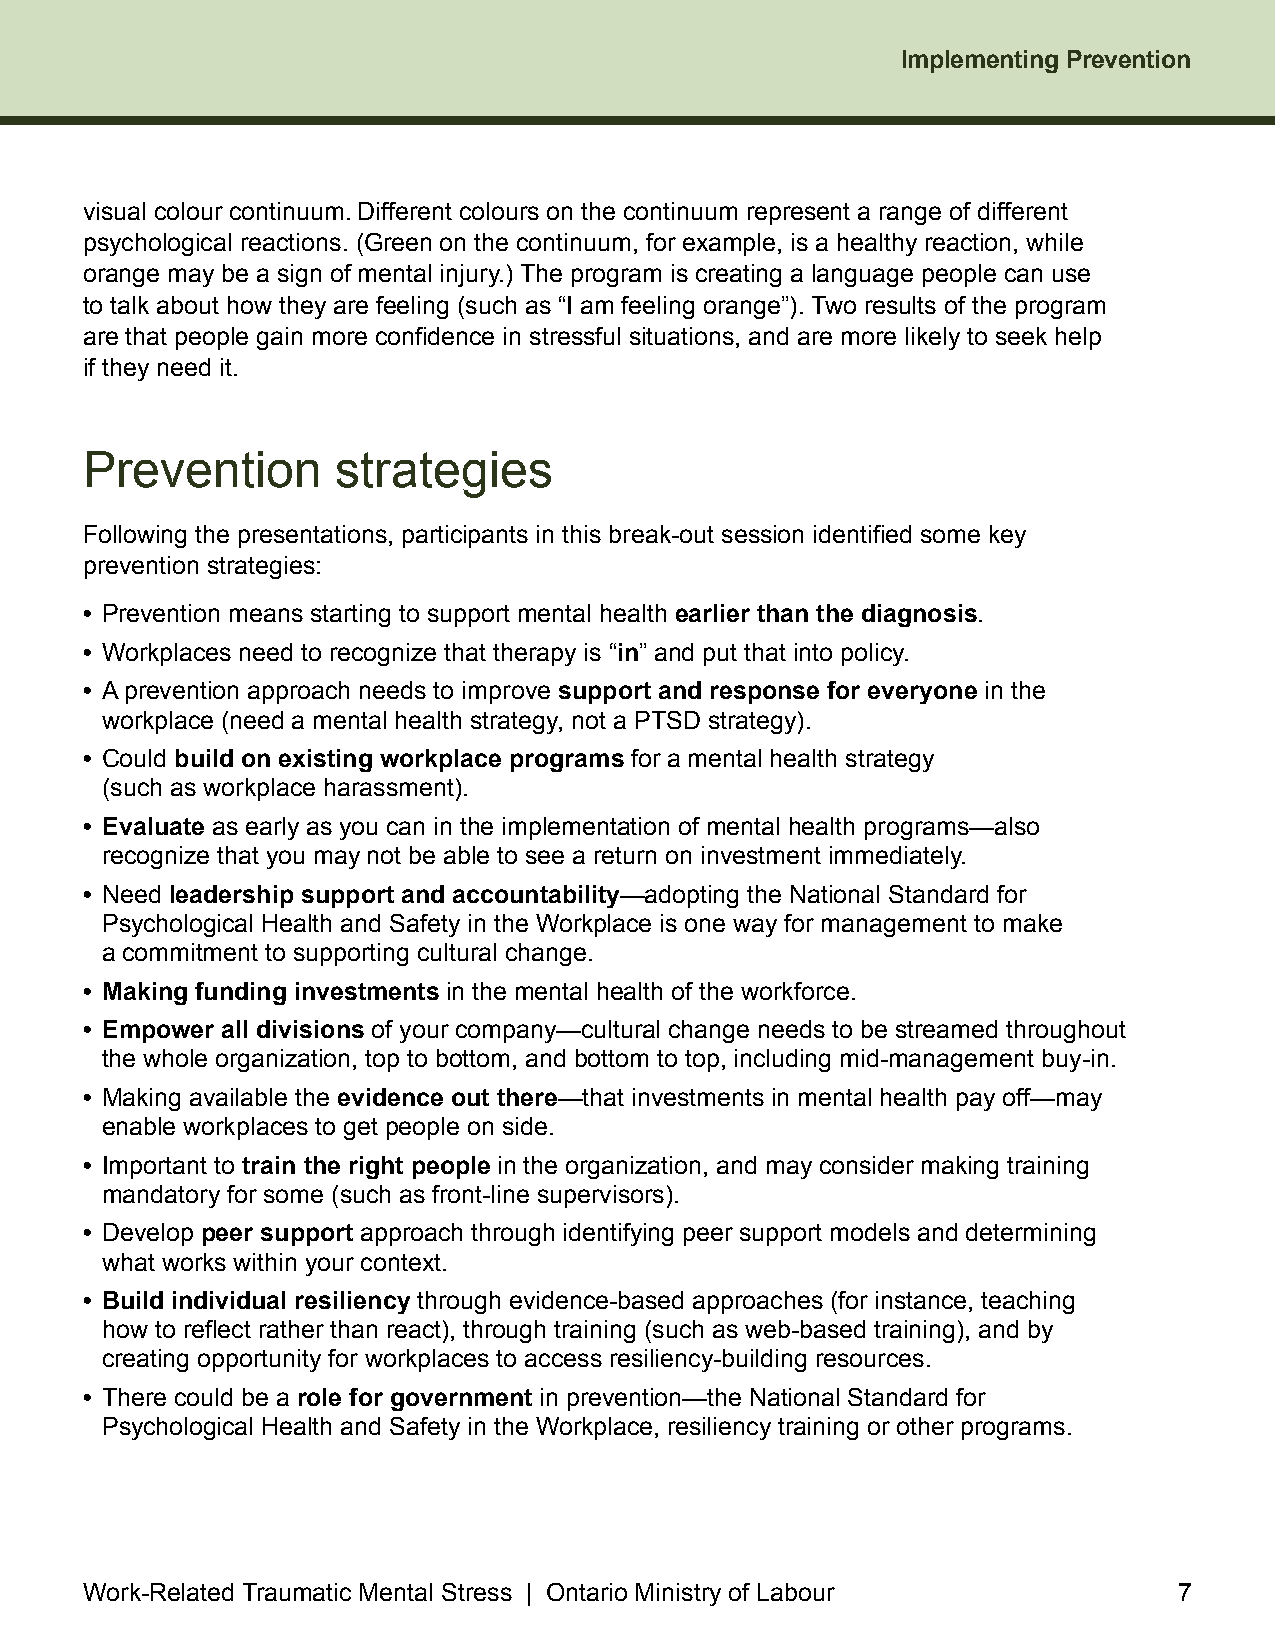
Implementing Prevention
 visual colour continuum . Different colours on the continuum represent a range of different
 psychological reactions . (Green on the continuum, for example, is a healthy reaction, while
 orange may be a sign of mental injury .) The program is creating a language people can use
 to talk about how they are feeling (such as “I am feeling orange”) . Two results of the program
 are that people gain more confidence in stressful situations, and are more likely to seek help
 if they need it .
 Prevention      strategies
 Following the presentations, participants in this break-out session identified some key
 prevention strategies:
 • Prevention means starting to support mental health earlier than the diagnosis .
 • Workplaces need to recognize that therapy is “in” and put that into policy .
 • A prevention approach needs to improve support and response for everyone in the
 workplace (need a mental health strategy, not a PTSD strategy) .
 • Could build on existing workplace programs for a mental health strategy
 (such as workplace harassment) .
 • Evaluate as early as you can in the implementation of mental health programs—also
 recognize that you may not be able to see a return on investment immediately .
 • Need leadership support and accountability—adopting the National Standard for
 Psychological Health and Safety in the Workplace is one way for management to make
 a commitment to supporting cultural change .
 • Making funding investments in the mental health of the workforce .
 • Empower all divisions of your company—cultural change needs to be streamed throughout
 the whole organization, top to bottom, and bottom to top, including mid-management buy-in .
 • Making available the evidence out there—that investments in mental health pay off—may
 enable workplaces to get people on side .
 • Important to train the right people in the organization, and may consider making training
 mandatory for some (such as front-line supervisors) .
 • Develop peer support approach through identifying peer support models and determining
 what works within your context .
 • Build individual resiliency through evidence-based approaches (for instance, teaching
 how to reflect rather than react), through training (such as web-based training), and by
 creating opportunity for workplaces to access resiliency-building resources .
 • There could be a role for government in prevention—the National Standard for
 Psychological Health and Safety in the Workplace, resiliency training or other programs .
 Work-Related Traumatic Mental Stress | Ontario Ministry of Labour       7